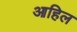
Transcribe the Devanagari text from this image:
आहिल